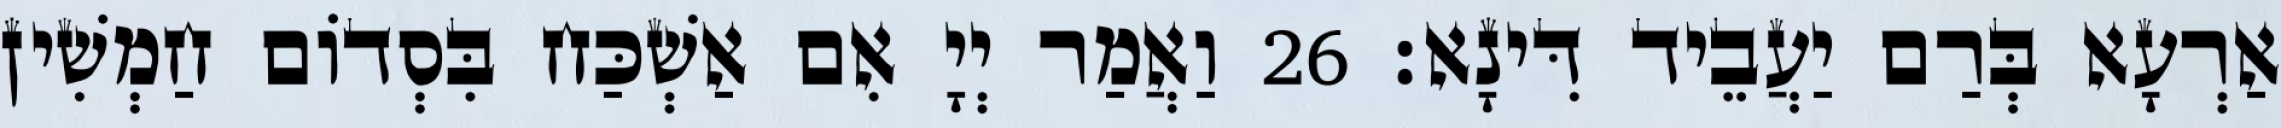
אַרְעָא בְּרַם יַעֲבֵיד דִּינָא׃ 26 וַאֲמַר יְיָ אִם אַשְׁכַּח בִּסְדוֹם חַמְשִׁין